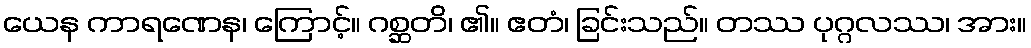
ယေန ကာရဏေန၊ ကြောင့်။ ဂစ္ဆတိ၊ ၏။ ဧတံ၊ ခြင်းသည်။ တဿ ပုဂ္ဂလဿ၊ အား။